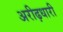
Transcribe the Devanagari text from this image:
अरीढ़धारी